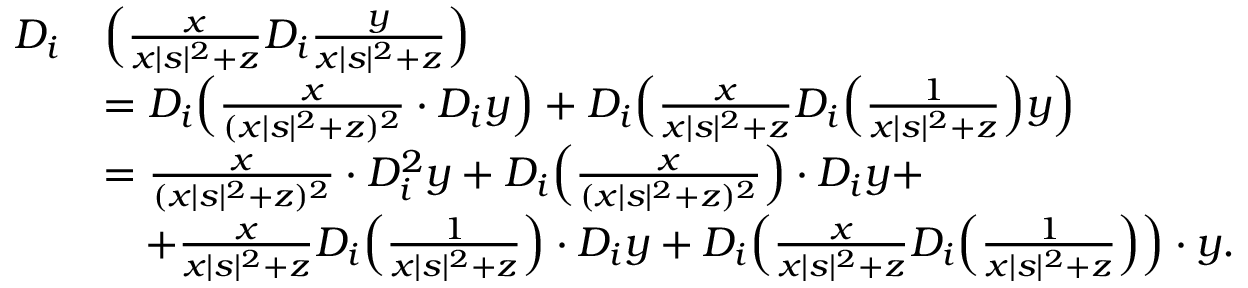
\begin{array} { r l } { D _ { i } } & { \Big ( \frac { x } { x | s | ^ { 2 } + z } D _ { i } \frac { y } { x | s | ^ { 2 } + z } \Big ) } \\ & { = D _ { i } \Big ( \frac { x } { ( x | s | ^ { 2 } + z ) ^ { 2 } } \cdot D _ { i } y \Big ) + D _ { i } \Big ( \frac { x } { x | s | ^ { 2 } + z } D _ { i } \Big ( \frac 1 { x | s | ^ { 2 } + z } \Big ) y \Big ) } \\ & { = \frac { x } { ( x | s | ^ { 2 } + z ) ^ { 2 } } \cdot D _ { i } ^ { 2 } y + D _ { i } \Big ( \frac { x } { ( x | s | ^ { 2 } + z ) ^ { 2 } } \Big ) \cdot D _ { i } y + } \\ & { \quad + \frac { x } { x | s | ^ { 2 } + z } D _ { i } \Big ( \frac 1 { x | s | ^ { 2 } + z } \Big ) \cdot D _ { i } y + D _ { i } \Big ( \frac { x } { x | s | ^ { 2 } + z } D _ { i } \Big ( \frac 1 { x | s | ^ { 2 } + z } \Big ) \Big ) \cdot y . } \end{array}